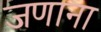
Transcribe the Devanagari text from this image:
जणाना